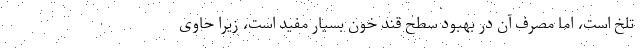
تلخ است، اما مصرف آن در بهبود سطح قند خون بسیار مفید است، زیرا حاوی